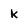
Character: K